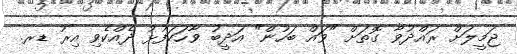
ޖަމީލަށް ރައްދުވާ ގޮތަށް "ވައް ބަހުން" އަދީބު ވާހަކަފުޅު ދެއްކެވި އިރު ޑރ.